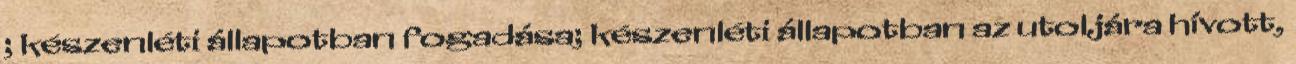
; készenléti állapotban fogadása; készenléti állapotban az utoljára hívott,